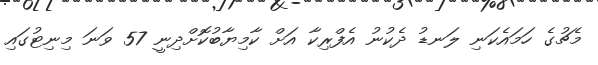
މެޗުގެ ހަމައެކަނި ލަނޑު ދެކުނު އެފްރިކާ އަށް ކާމިޔާބުކޮށްދިނީ 57 ވަނަ މިނިޓުގައި